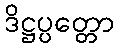
ဒိဋ္ဌပ္ပတ္တော